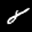
Label: 8